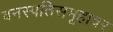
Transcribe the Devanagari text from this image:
वनस्पतिसमूहावर